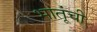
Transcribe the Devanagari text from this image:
भातूंची